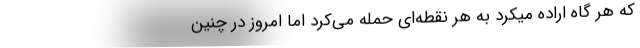
که هر گاه اراده میکرد به هر نقطه‌ای حمله می‌کرد اما امروز در چنین